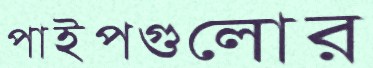
পাইপগুলোর